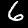
Digit: 6